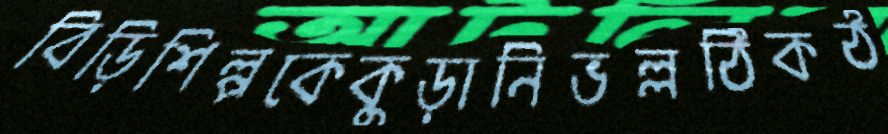
বিড়িশিল্পকেকুড়ানিভল্লঠিকঠ